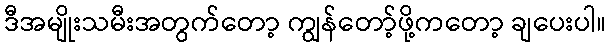
ဒီအမျိုးသမီးအတွက်တော့ ကျွန်တော့်ဖို့ကတော့ ချပေးပါ။